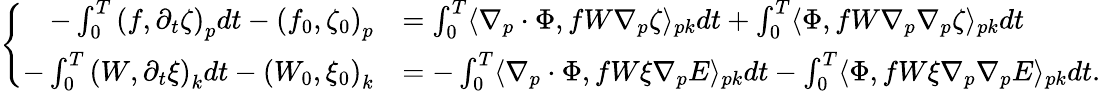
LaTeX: \left\{ \begin{array}{rl}{-\int_{0}^{T}\left(f,\partial_{t}\zeta\right)_{p}dt-\left(f_{0},\zeta_{0}\right)_{p}}&{=\int_{0}^{T}\langle\nabla_{p}\cdot\Phi,fW\nabla_{p}\zeta\rangle_{pk}dt+\int_{0}^{T}\langle\Phi,fW\nabla_{p}\nabla_{p}\zeta\rangle_{pk}dt}\\ {-\int_{0}^{T}\left(W,\partial_{t}\xi\right)_{k}dt-\left(W_{0},\xi_{0}\right)_{k}}&{=-\int_{0}^{T}\langle\nabla_{p}\cdot\Phi,fW\xi\nabla_{p}E\rangle_{pk}dt-\int_{0}^{T}\langle\Phi,fW\xi\nabla_{p}\nabla_{p}E\rangle_{pk}dt.}\end{array}\right.